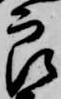
郎